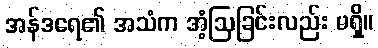
အန်ဒရေ၏ အသံက အံ့ဩခြင်းလည်း မရှိ။